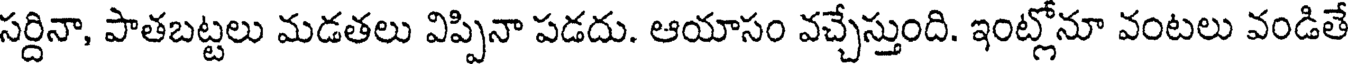
సర్దినా, పాతబట్టలు మడతలు విప్పినా పడదు. ఆయాసం వచ్చేస్తుంది. ఇంట్లోనూ వంటలు వండితే